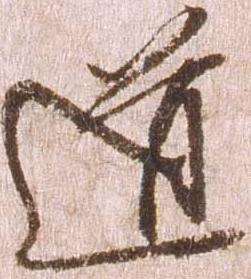
道